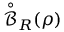
\overset { \circ } { \mathcal { B } } _ { R } ( { \boldsymbol \rho } )